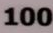
100